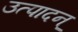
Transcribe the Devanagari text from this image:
उत्पादन्